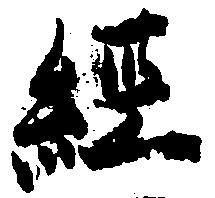
経